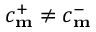
c _ { \mathbf { m } } ^ { + } \neq c _ { \mathbf { m } } ^ { - }